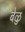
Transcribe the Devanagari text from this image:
बेळु